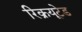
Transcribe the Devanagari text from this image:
रिक्रयूटेड